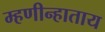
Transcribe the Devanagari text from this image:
म्हणीन्हाताय